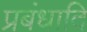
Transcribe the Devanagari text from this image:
प्रबंधादि